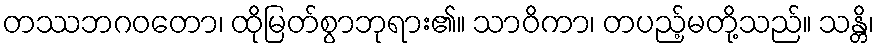
တဿဘဂဝတော၊ ထိုမြတ်စွာဘုရား၏။ သာဝိကာ၊ တပည့်မတို့သည်။ သန္တိ၊